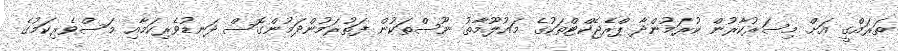
ތަރައްގީ އަށް މިސަރުކާރުން ކުރަމުންދާ ޕްރެޖެކްޓްތަކުގެ މައުލޫމާތު ނޫސްތަކުން ފަތުރަމުންދަމުންގޮސް ދަނޑުވެރިކަމާއި މަސްވެރިކަމުގެ